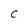
Character: C